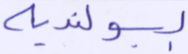
البولندية